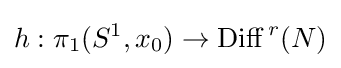
h:\pi _{1}(S^{1},x_{0})\rightarrow \operatorname {Diff} ^{\,r}(N)